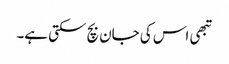
تبھی اس کی جان بچ سکتی ہے۔